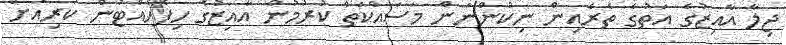
ޖިލާ އާއިޒުގެ އަތުގެ ތެރެއިން ނިކުންނަން މަސައްކަތް ކުރުމުން އާއިޒުގެ ހިފެހެއްޓުން ކުރިއަށް